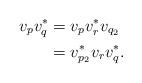
LaTeX: \begin{align*}v_pv_q^* &= v_pv_r^*v_{q_2} \\&= v_{p_2}^*v_rv_q^*.\end{align*}